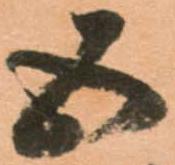
五